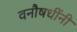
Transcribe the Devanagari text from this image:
वनौषधींनी